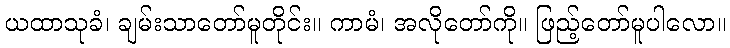
ယထာသုခံ၊ ချမ်းသာတော်မူတိုင်း။ ကာမံ၊ အလိုတော်ကို။ ဖြည့်တော်မူပါလော။